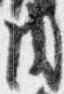
内